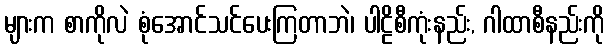
များက စာကိုလဲ စုံအောင်သင်ပေးကြတာဘဲ၊ ပါဠိစီကုံးနည်း, ဂါထာစီနည်းကို